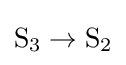
\mathrm {S} _{3}\to \mathrm {S} _{2}